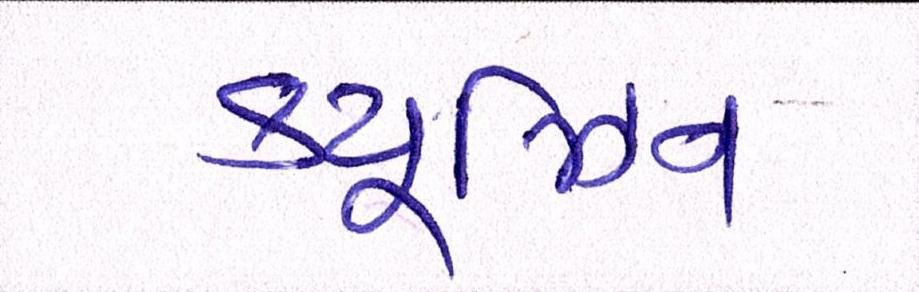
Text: ક્યૂઝિન